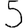
Digit: 5